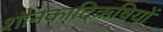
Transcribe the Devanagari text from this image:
शौनकादिऋषियों